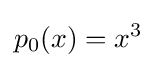
p_{0}(x)=x^{3}